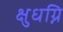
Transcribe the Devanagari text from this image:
क्षुधग्नि